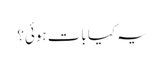
یہ کیا بات ہوئی؟